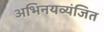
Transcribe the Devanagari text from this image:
अभिनयव्यंजित